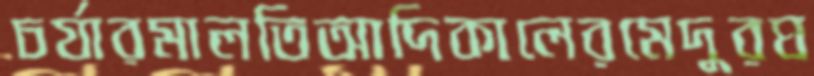
চর্যারমালতিআদিকালেরমেদুরঘ